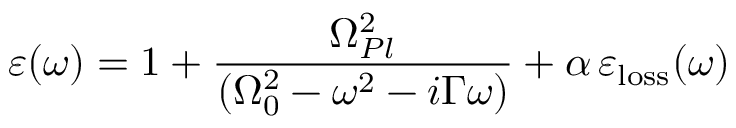
\varepsilon ( \omega ) = 1 + \frac { \Omega _ { P l } ^ { 2 } } { ( \Omega _ { 0 } ^ { 2 } - \omega ^ { 2 } - i \Gamma \omega ) } + \alpha \, \varepsilon _ { \mathrm { l o s s } } ( \omega )